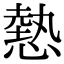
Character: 𢟯